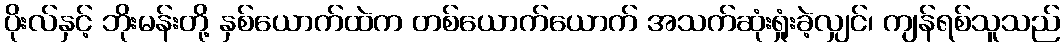
ပိုးလ်နှင့် ဘိုးမန်းတို့ နှစ်ယောက်ထဲက တစ်ယောက်ယောက် အသက်ဆုံးရှုံးခဲ့လျှင်၊ ကျန်ရစ်သူသည်